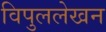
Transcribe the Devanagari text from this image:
विपुललेखन